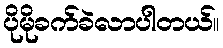
ပိုမိုခက်ခဲလာပါတယ်။